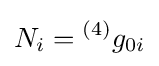
N_{i}={^{(4)}g_{0i}}